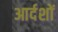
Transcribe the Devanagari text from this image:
आर्दशों